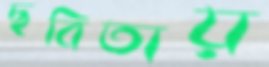
ছবিতায়